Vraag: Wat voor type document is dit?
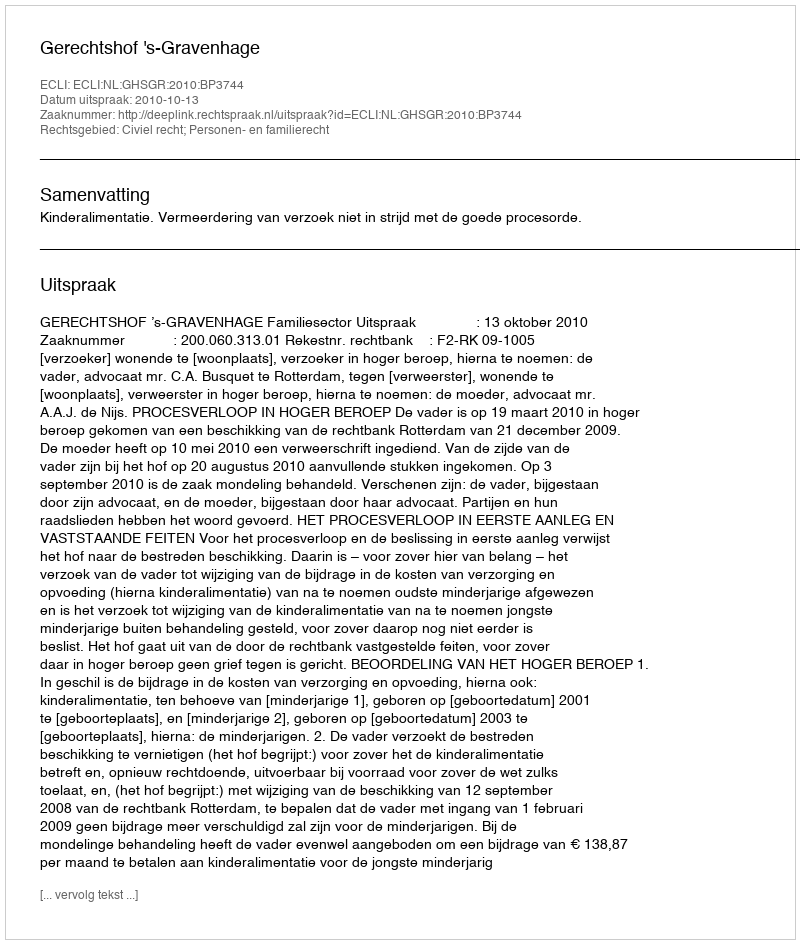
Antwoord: Uitspraak